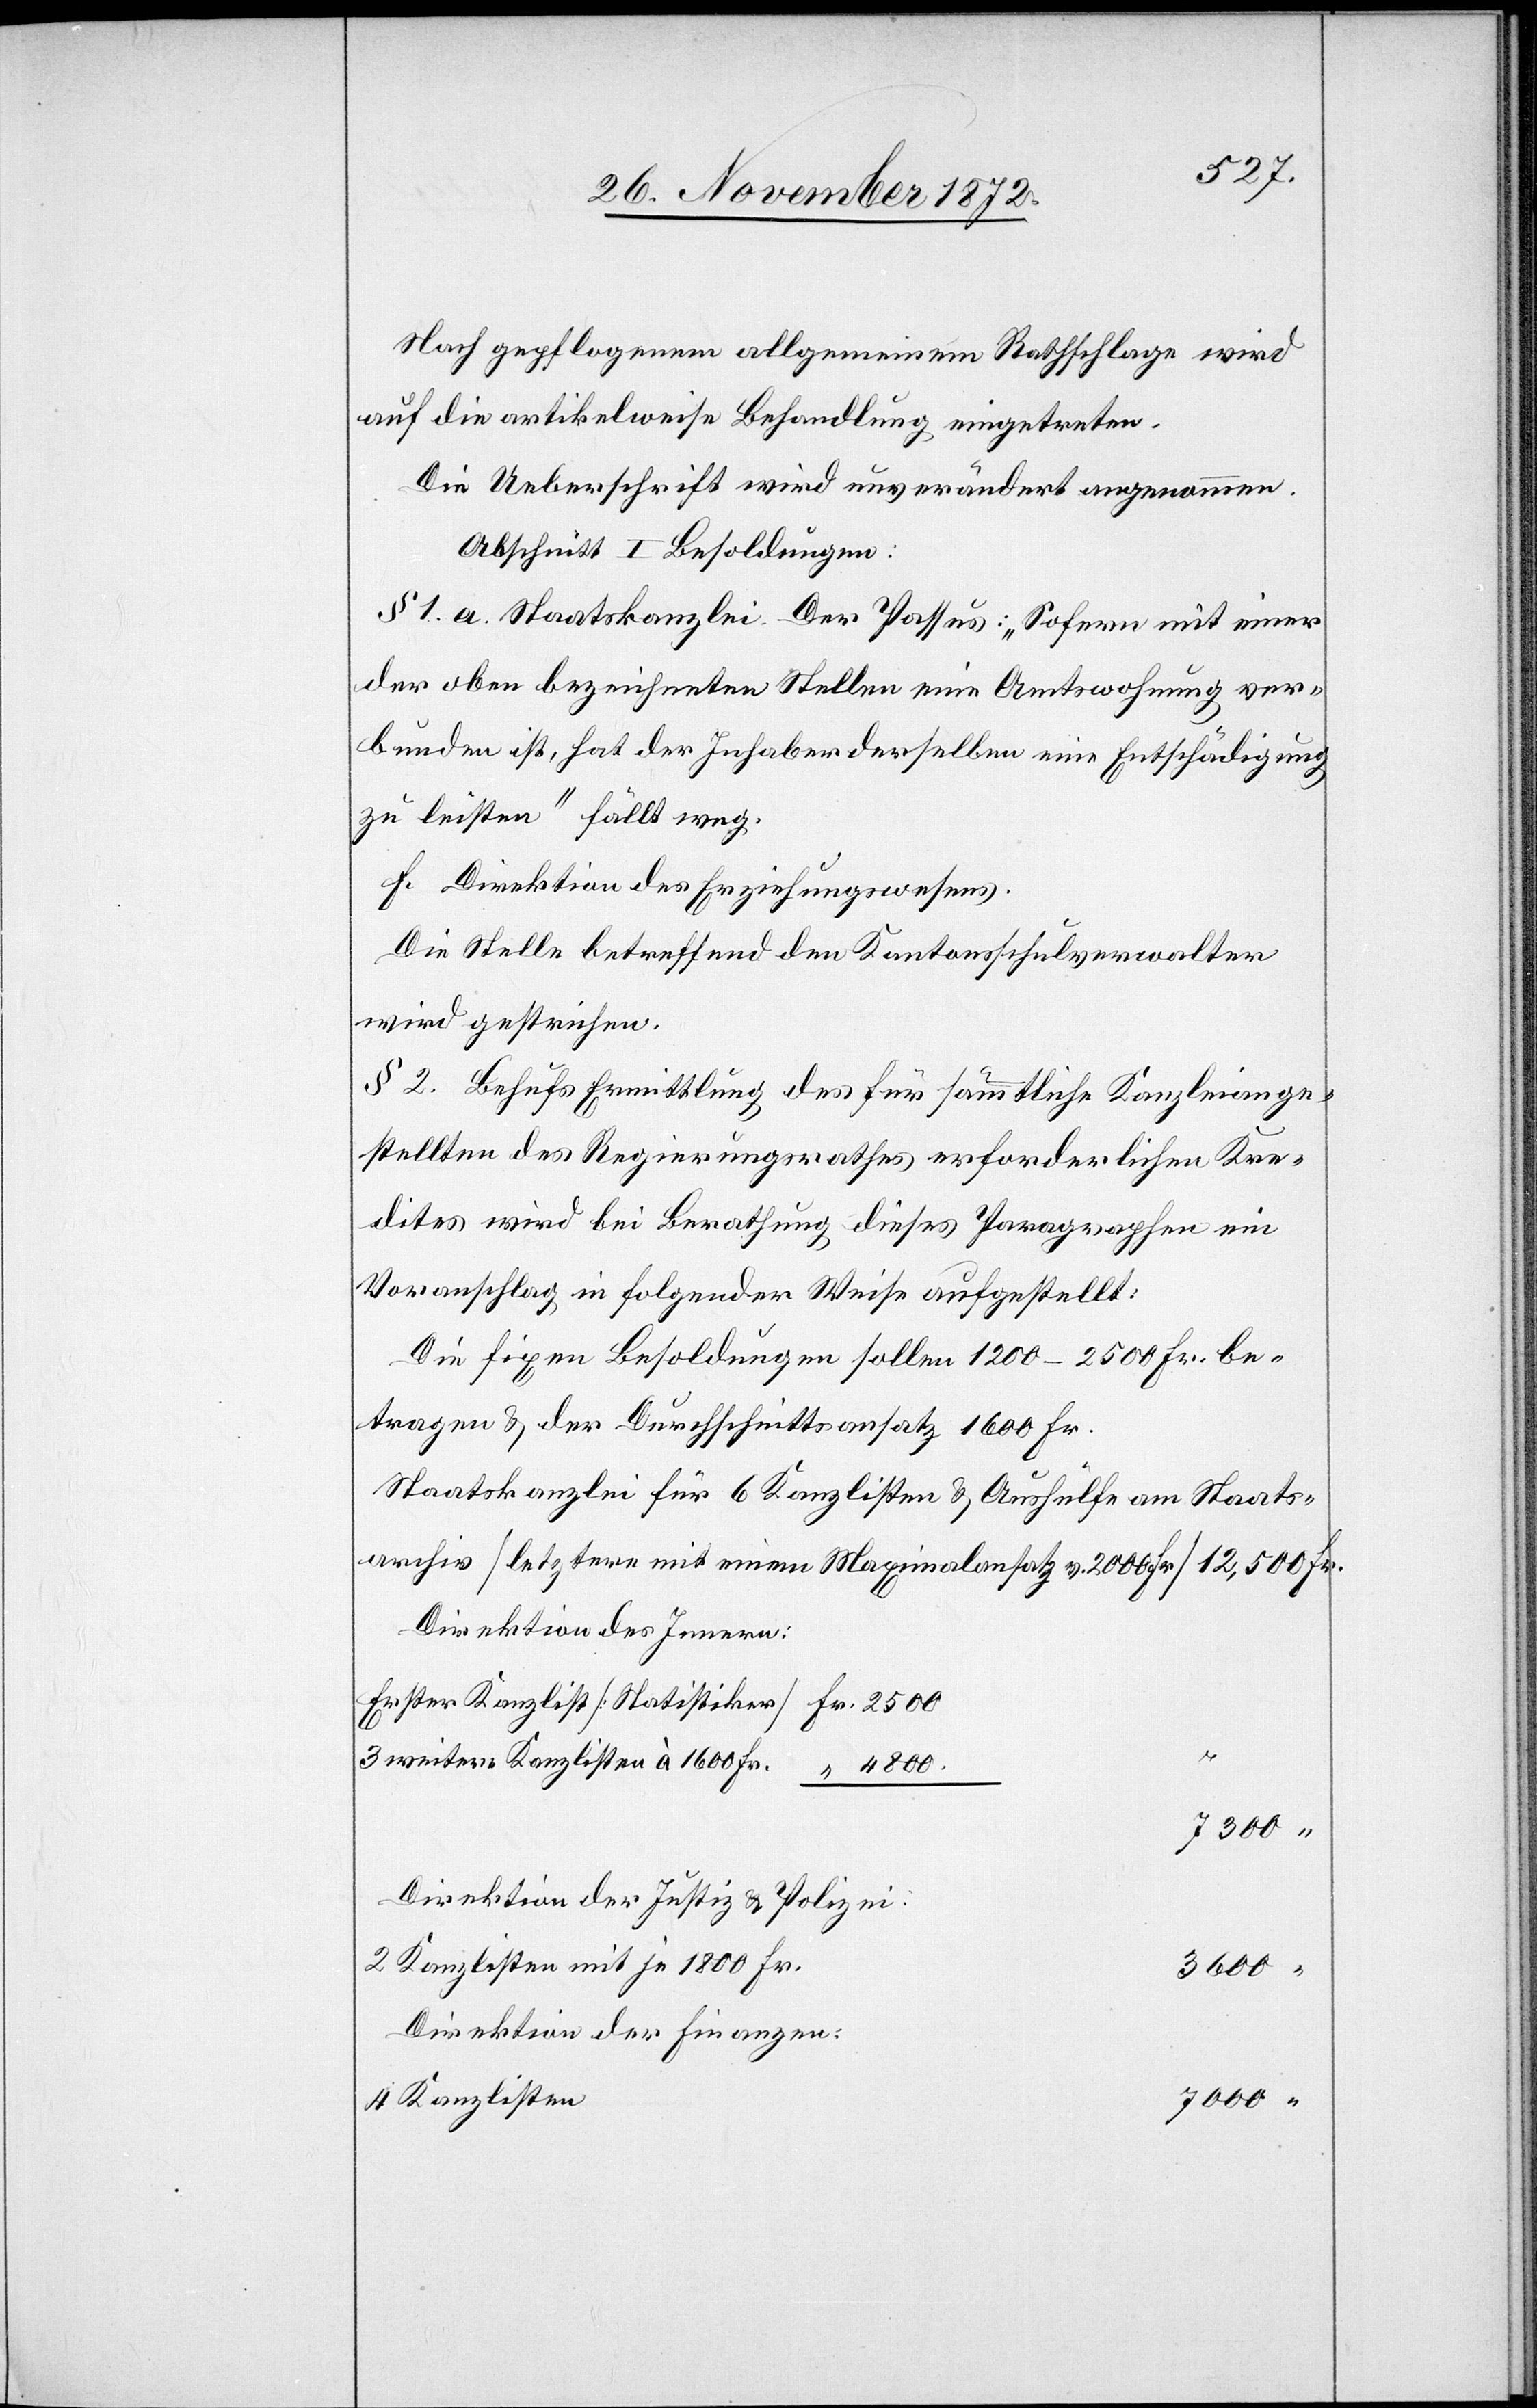
Nach gepflogenem allgemeinen Rathschlage wird
auf die artikelweise Behandlung eingetreten.
Die Ueberschrift wird unverändert angenommen.
Abschnitt I Besoldungen:
§ 1. a. Staatskanzlei. Der Passus: „Sofern mit einer
der oben bezeichneten Stellen eine Amtswohnung ver¬
bunden ist, hat der Inhaber derselben eine Entschädigung
zu leisten“ fällt weg.
f. Direktion des Erziehungswesens.
Die Stelle betreffend den Kantonsschulverwalter
wird gestrichen.
§ 2. Behufs Ermittlung des für sämmtliche Kanzleiange¬
stellten des Regierungsrathes erforderlichen Kre¬
dites wird bei Berathung dieses Paragraphen ein
Voranschlag in folgender Weise aufgestellt:
Die fixen Besoldungen sollen 1 200–2 500 Fr. be¬
tragen u. der Durchschnittsansatz 1 600 Fr.
Staatskanzlei für 6 Kanzlisten u. Aushülfe am Staats¬
archiv [letztere mit einem Maximalansatz v. 2 000 Fr.] 12,500 Fr.
Direktion des Innern:
Fr.
3 weitere Kanzlisten à 1 600 Fr.
4 800
Direktion der Justiz u. Polizei.
2 Kanzlisten mit je 1 800 Fr.
3 600
Direktion der Finanzen:
4 Kanzlisten